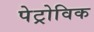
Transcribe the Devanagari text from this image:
पेट्रोविक